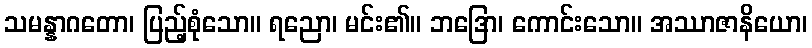
သမန္နာဂတော၊ ပြည့်စုံသော။ ရညော၊ မင်း၏။ ဘဒြော၊ ကောင်းသော။ အဿာဇာနိယော၊